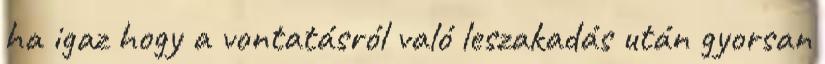
ha igaz hogy a vontatásról való leszakadás után gyorsan